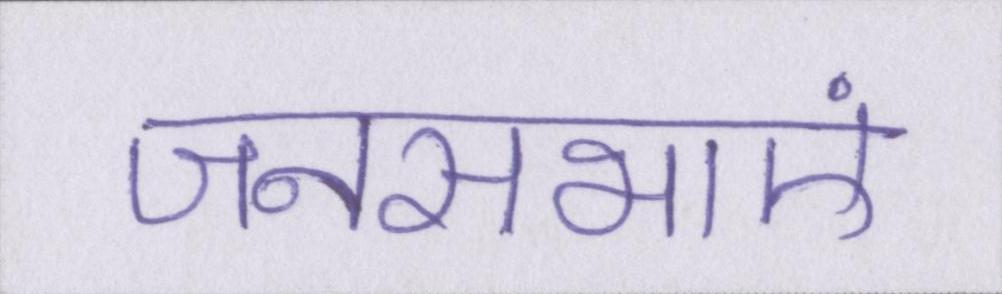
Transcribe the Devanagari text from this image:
जनसभाएं